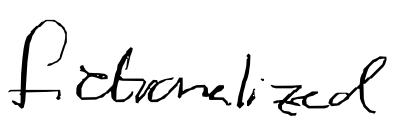
Text: fictionalized
Cross-out: clean
Writing tool: digital_black